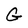
Character: G